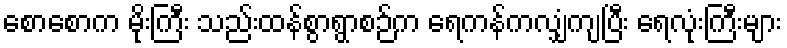
စောစောက မိုးကြီး သည်းထန်စွာရွာစဉ်က ရေကန်ကလျှံကျပြီး ရေလုံးကြီးများ